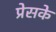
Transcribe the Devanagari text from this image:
प्रेसके